King Institute of Preventive Medicine Micro-Biological Section reports 1912-19
Year: 1912
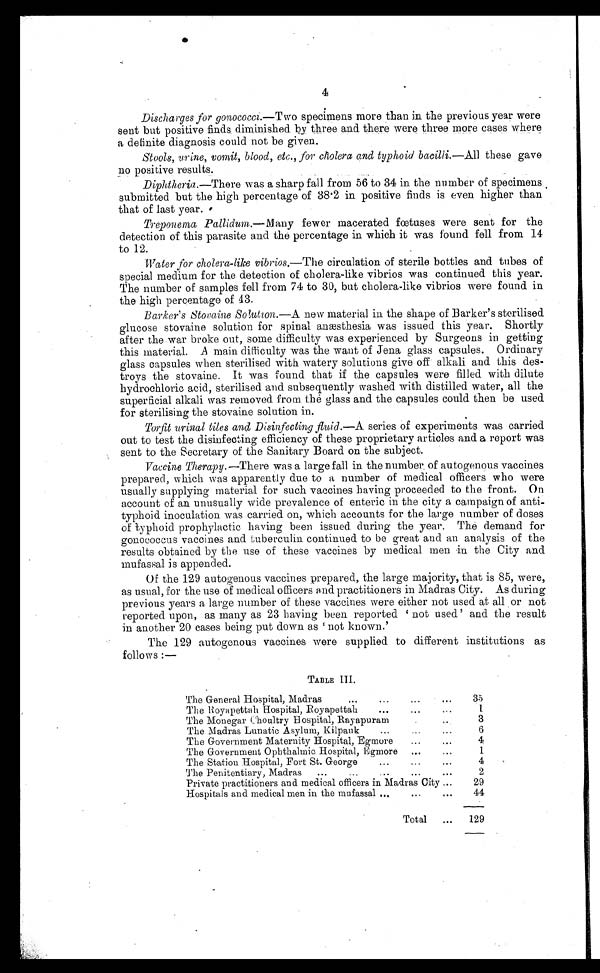
4
Discharges for gonococci. —Two specimens more than in the previous year were
sent but positive finds diminished by three and there were three more cases where
a definite diagnosis could not be given.
Stools, urine, vomit, blood, etc., for cholera and typhoid bacilli. —All
these gave
no positive results.
Diphtheria. —There was a sharp fall from 56 to 34 in the number of specimens
submitted but the high percentage of 38.2 in positive finds is even higher than
that of last year.
Treponema Pallidum .—Many fewer macerated fœtuses were sent for the
detection of this parasite and the percentage in which it was found fell from 14
to 12.
Water for cholera-like vibrios, —The circulation of sterile bottles and tubes of
special medium for the detection of cholera-like vibrios was continued this year.
The number of samples fell from 74 to 30, but cholera-like vibrios were found in
the high percentage of 43.
Barker's Stovaine Solution. —A new material in the shape of Barker's sterilised
glucose stovaine solution for spinal anæsthesia was issued this year. Shortly
after the war broke out, some difficulty was experienced by Surgeons in getting
this material. A main difficulty was the want of Jena glass capsules. Ordinary
glass capsules when sterilised with watery solutions give off alkali and this des-
troys the stovaine. It was found that if the capsules were filled with dilute
hydrochloric acid, sterilised and subsequently washed with distilled water, all the
superficial alkali was removed from the glass and the capsules could then be used.
for sterilising the stovaine solution in.
Torfit urinal tiles and Disinfecting fluid. —A series of experiments was carried
out to test the disinfecting efficiency of these proprietary articles and a report was
sent to the Secretary of the Sanitary Board on the subject.
Vaccine Therapy. —There was a large fall in the number . of autogenous vaccines
prepared, which was apparently due to a number of medical officers who were
usually supplying material for such vaccines having proceeded to the front. On
account of an unusually wide prevalence of enteric in the city a campaign of anti-
typhoid inoculation was carried on, which accounts for the large number of doses
of typhoid prophylactic having been issued during the year. The demand for
gonococcus vaccines and tuberculin continued to be great and an analysis of the
results obtained by the use of these vaccines by medical men in the City and
mufassal is appended.
Of the 129 autogenous vaccines prepared, the large majority, that is 85, were,
as usual, for the use of medical officers and practitioners in Madras City. As during
previous years a large number of these vaccines were either not used at all or not
reported upon, as many as 23 having been reported not used' and the result
in another 20 cases being put down as not known.'
The 129 autogenous vaccines were supplied to different institutions as
follows:—
TABLE III.
The General Hospital, Madras . . .
35
The Royapettah
H o s p i t a l R o y a p e t t a h . . .
1
The Monegar Choultry Hospital, Rayapuram . . .
3
The Madras Lunatic Asylum, Kilpauk . . .
6
The Government Maternity Hospital , Egmore . . .
4
The Government Ophthalmic Hospital, Egmore . . .
1
The Station Hospital, Fort St. George . . .
4
The Penitentiary, Madras . . .
2
Private practitioners and medical officers in Madras City . . .
29
Hospitals and medical men in the mufassal . . .
44
Total . . .
129